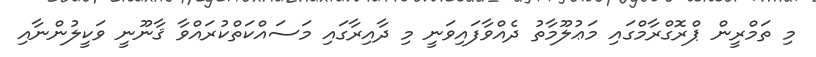
މި ތަމްރީން ޕްރޮގްރާމްގައި މަޢުލޫމާތު ދެއްވާފައިވަނީ މި ދާއިރާގައި މަސައްކަތްކުރައްވާ ޤާނޫނީ ވަކީލުންނާއި